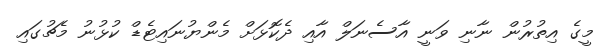
މީގެ އިތުރުން ނާނި ވަނީ އާސެނަލް އާއި ދެކޮޅަށް މެންޔުނައިޓެޑް ކުޅުނު މެޗުގައި